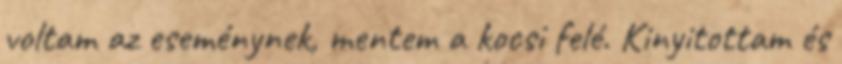
voltam az eseménynek, mentem a kocsi felé. Kinyitottam és